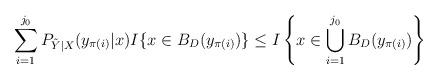
LaTeX: \begin{align*}\sum^{j_0}_{i=1} P_{\tilde{Y} | X}(y_{\pi (i)} | x) I \{ x \in B_D (y_{\pi (i)})\} \leq I \left \{ x \in \bigcup_{i=1}^{j_0} B_{D} (y_{\pi (i)}) \right \}\end{align*}